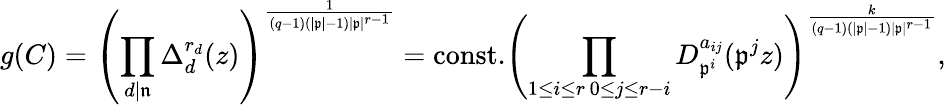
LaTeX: g(C)=\left(\prod_{d|\mathfrak{n}}\Delta_{d}^{r_{d}}(z)\right)^{\frac{1}{(q-1)(|\mathfrak{p}|-1)|\mathfrak{p}|^{r-1}}}=\mathrm{const.}\left(\prod_{\substack{1\leq i\leq r\, 0\leq j\leq r-i}}D_{\mathfrak{p}^{i}}^{a_{ij}}(\mathfrak{p}^{j}z)\right)^{\frac{k}{(q-1)(|\mathfrak{p}|-1)|\mathfrak{p}|^{r-1}}},